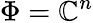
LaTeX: \Phi=\mathbb{C}^{n}